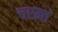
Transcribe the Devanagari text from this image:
चरन्तं